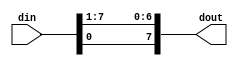
module right_rotation_1 (din, dout);
    input [7:0] din;
    output [7:0] dout;

    assign dout = {din[0], din[7:1]};
    
endmodule